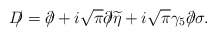
\begin{align*}D\!\!\!/=\partial\!\!\!/+i\sqrt{\pi}\partial\!\!\!/\widetilde\eta +i\sqrt\pi\gamma_5\partial\!\!\!/\sigma.\end{align*}